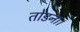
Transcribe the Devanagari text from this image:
तोडना।